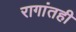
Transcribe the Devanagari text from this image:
रागांतही